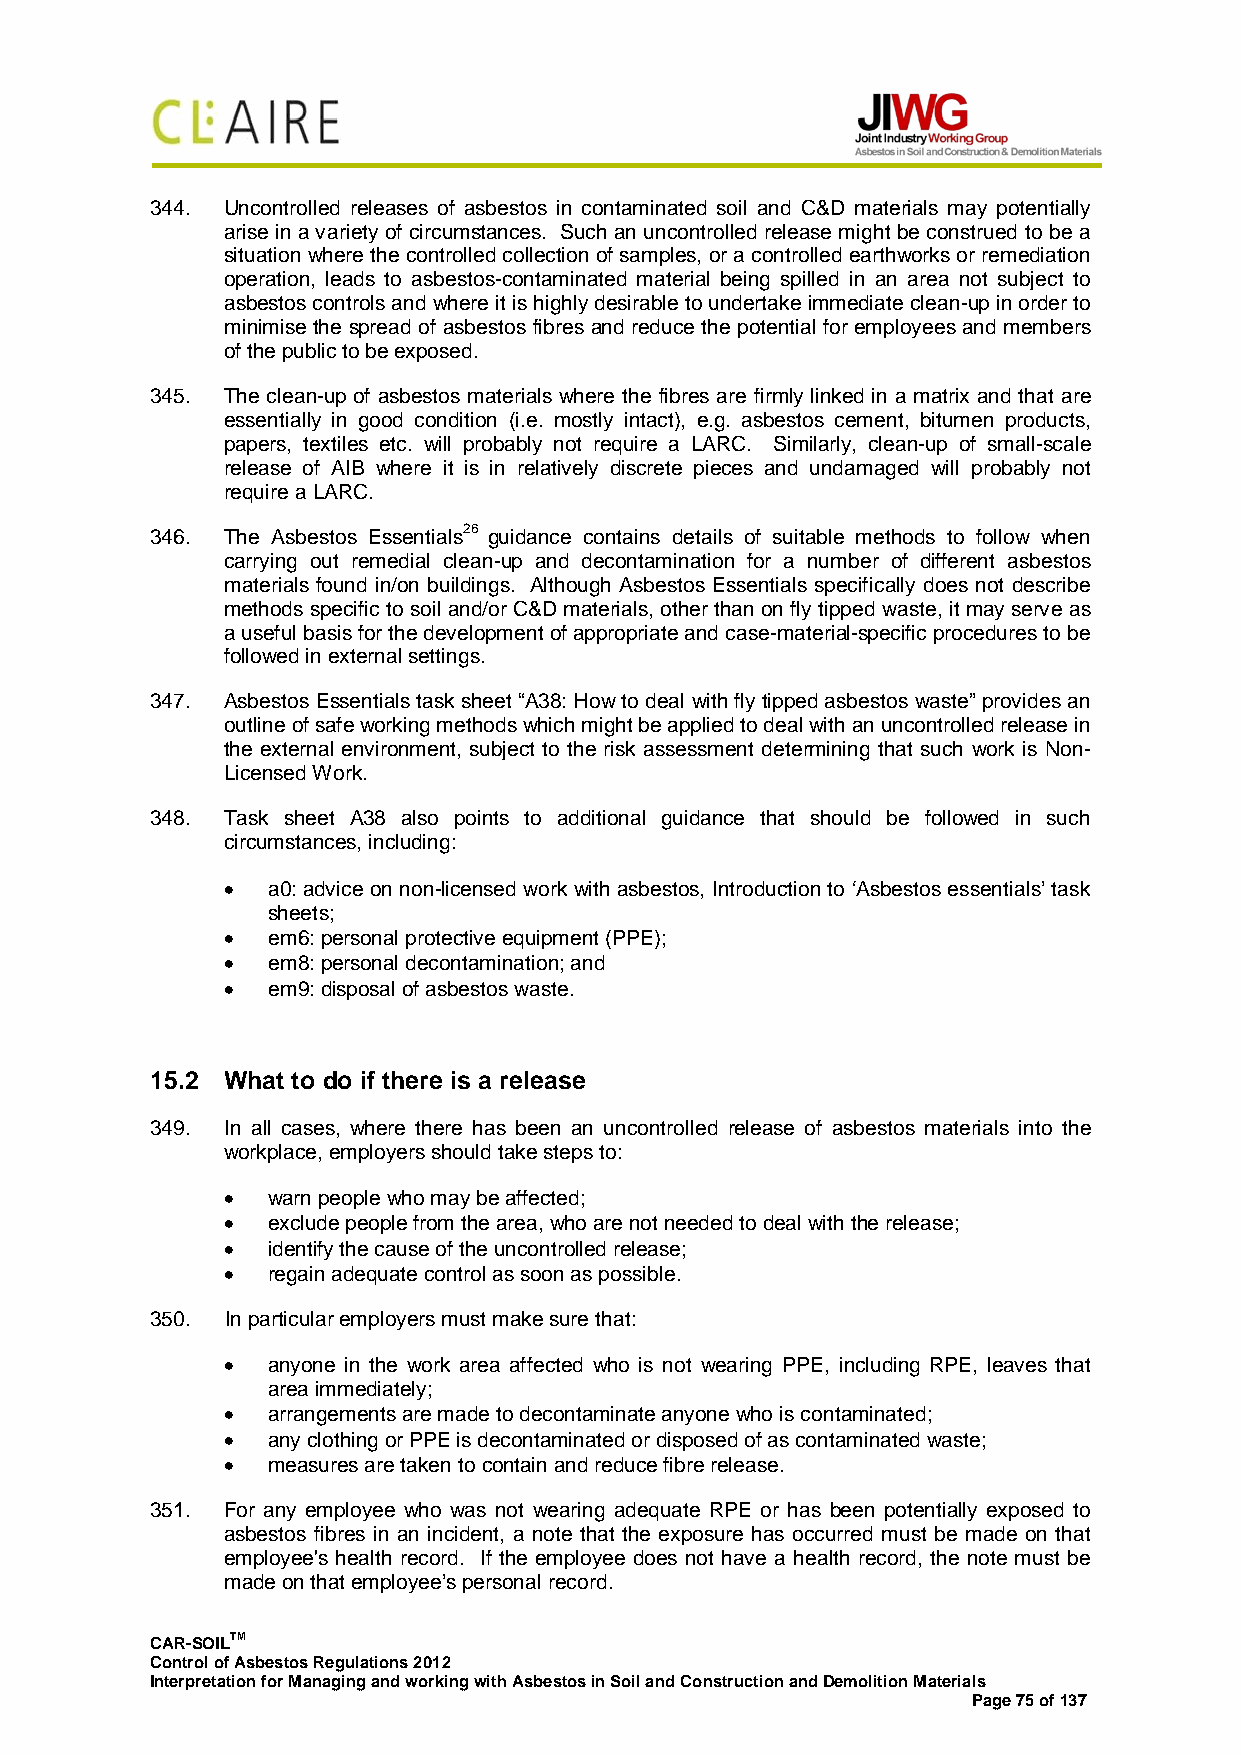
344. Uncontrolled releases of asbestos in contaminated soil and C&D materials may potentially
 arise in a variety of circumstances. Such an uncontrolled release might be construed to be a
 situation where the controlled collection of samples, or a controlled earthworks or remediation
 operation, leads to asbestos-contaminated material being spilled in an area not subject to
 asbestos controls and where it is highly desirable to undertake immediate clean-up in order to
 minimise the spread of asbestos fibres and reduce the potential for employees and members
 of the public to be exposed.
 345. The clean-up of asbestos materials where the fibres are firmly linked in a matrix and that are
 essentially in good condition (i.e. mostly intact), e.g. asbestos cement, bitumen products,
 papers, textiles etc. will probably not require a LARC. Similarly, clean-up of small-scale
 release of AIB where it is in relatively discrete pieces and undamaged will probably not
 require a LARC.
 346. The Asbestos Essentials26 guidance contains details of suitable methods to follow when
 carrying out remedial clean-up and decontamination for a number of different asbestos
 materials found in/on buildings. Although Asbestos Essentials specifically does not describe
 methods specific to soil and/or C&D materials, other than on fly tipped waste, it may serve as
 a useful basis for the development of appropriate and case-material-specific procedures to be
 followed in external settings.
 347. Asbestos Essentials task sheet “A38: How to deal with fly tipped asbestos waste” provides an
 outline of safe working methods which might be applied to deal with an uncontrolled release in
 the external environment, subject to the risk assessment determining that such work is Non-
 Licensed Work.
 348. Task sheet A38 also points to additional guidance that should be followed in such
 circumstances, including:
 •  a0: advice on non-licensed work with asbestos, Introduction to ‘Asbestos essentials’ task
 sheets;
 •  em6: personal protective equipment (PPE);
 •  em8: personal decontamination; and
 •  em9: disposal of asbestos waste.
 15.2 What to do if there is a release
 349. In all cases, where there has been an uncontrolled release of asbestos materials into the
 workplace, employers should take steps to:
 •  warn people who may be affected;
 •  exclude people from the area, who are not needed to deal with the release;
 •  identify the cause of the uncontrolled release;
 •  regain adequate control as soon as possible.
 350. In particular employers must make sure that:
 •  anyone in the work area affected who is not wearing PPE, including RPE, leaves that
 area immediately;
 •  arrangements are made to decontaminate anyone who is contaminated;
 •  any clothing or PPE is decontaminated or disposed of as contaminated waste;
 •  measures are taken to contain and reduce fibre release.
 351. For any employee who was not wearing adequate RPE or has been potentially exposed to
 asbestos fibres in an incident, a note that the exposure has occurred must be made on that
 employee's health record. If the employee does not have a health record, the note must be
 made on that employee’s personal record.
 CAR-SOILTM
 Control of Asbestos Regulations 2012
 Interpretation for Managing and working with Asbestos in Soil and Construction and Demolition Materials
 Page 75 of 137